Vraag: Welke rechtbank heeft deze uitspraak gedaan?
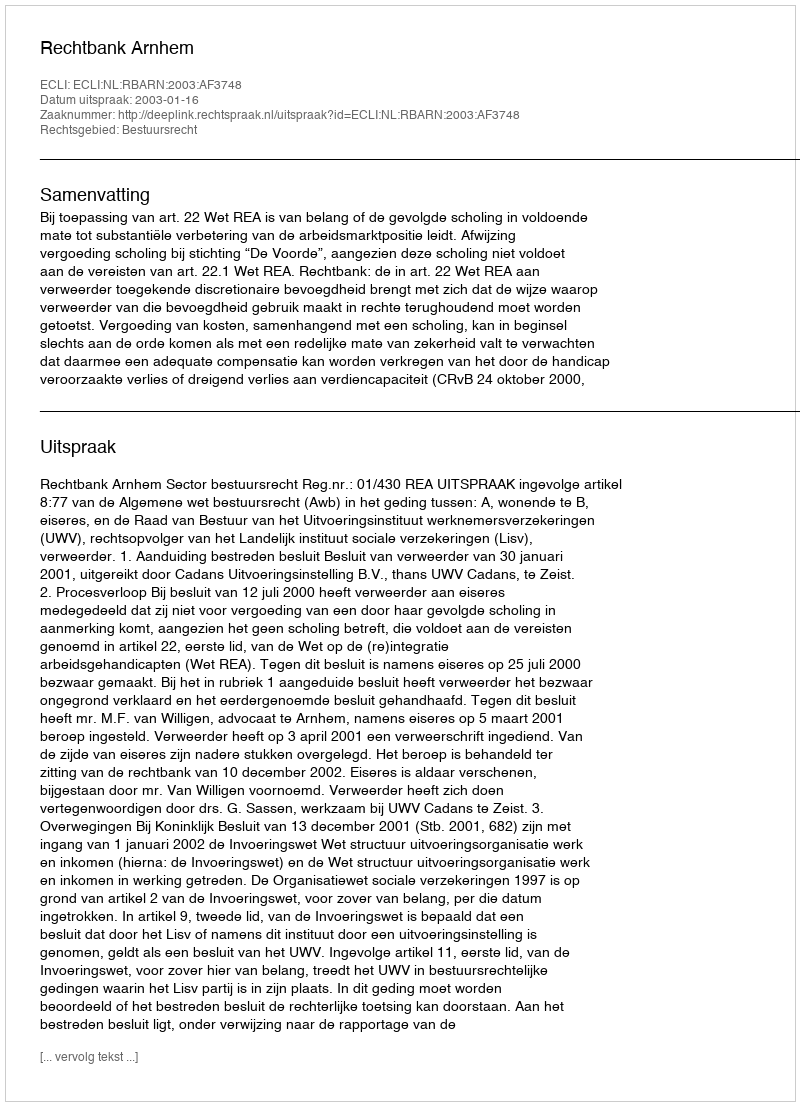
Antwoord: Rechtbank Arnhem